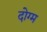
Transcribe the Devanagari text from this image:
दोग्म